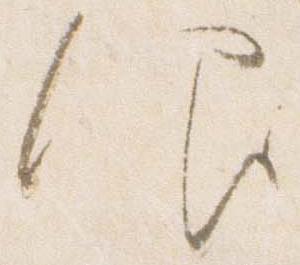
仰